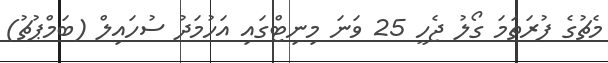
މެޗުގެ ފުރަތަމަ ގޯލު ޖެހީ 25 ވަނަ މިނިޓްގައި އަހުމަދު ސުހައިލް (ބަމްޕުޗު)